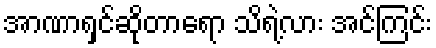
အာဏာရှင်ဆိုတာရော သိရဲ့လား အင်ကြင်း